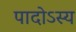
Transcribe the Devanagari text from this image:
पादोऽस्य